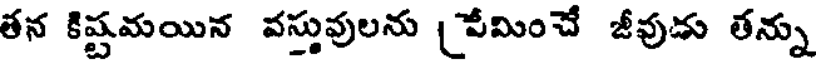
తన కిష్టమయిన వస్తువులను (వేమించే జీవుడు తన్ను